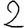
Digit: 2